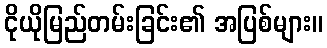
ငိုယိုမြည်တမ်းခြင်း၏ အပြစ်များ။